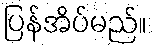
ပြန်အိပ်မည်။